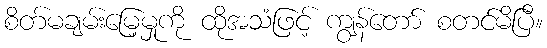
စိတ်မချမ်းမြေ့မှုကို ထိုအသံဖြင့် ကျွန်တော် စတင်မိပြီ။